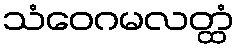
သံဝေဂမလတ္ထံ